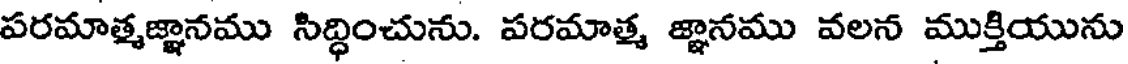
పరమాత్మజ్ఞానము సిద్ధించును. పరమాత్మ జ్ఞానము వలన ముక్తియును